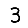
Digit: 3